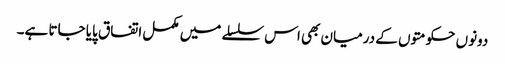
دونوں حکومتوں کے درمیان بھی اس سلسلے میں مکمل اتفاق پایا جاتا ہے۔